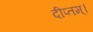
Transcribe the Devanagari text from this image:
दीप्तम्।